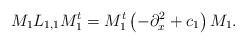
LaTeX: \begin{align*} M_1L_{1,1}M_1^t&=M_1^t\left(-\partial_x^2+c_1\right)M_1. \end{align*}